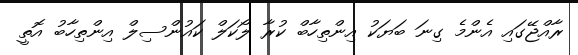
ރާއްޖޭގައި އެންމެ ގިނަ ބަޔަކު އިންތިހާބް ކުރާ ލޯކަލް ކައުންސިލް އިންތިހާބު އޮތީ